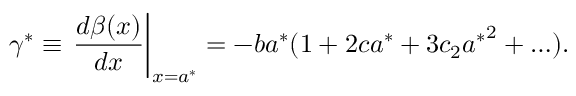
\gamma ^ { * } \equiv \left. \frac { d \beta ( x ) } { d x } \right| _ { x = a ^ { * } } = - b a ^ { * } ( 1 + 2 c a ^ { * } + 3 c _ { 2 } { a ^ { * } } ^ { 2 } + \ldots ) .